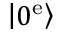
\left| 0 ^ { \mathrm { e } } \right\rangle